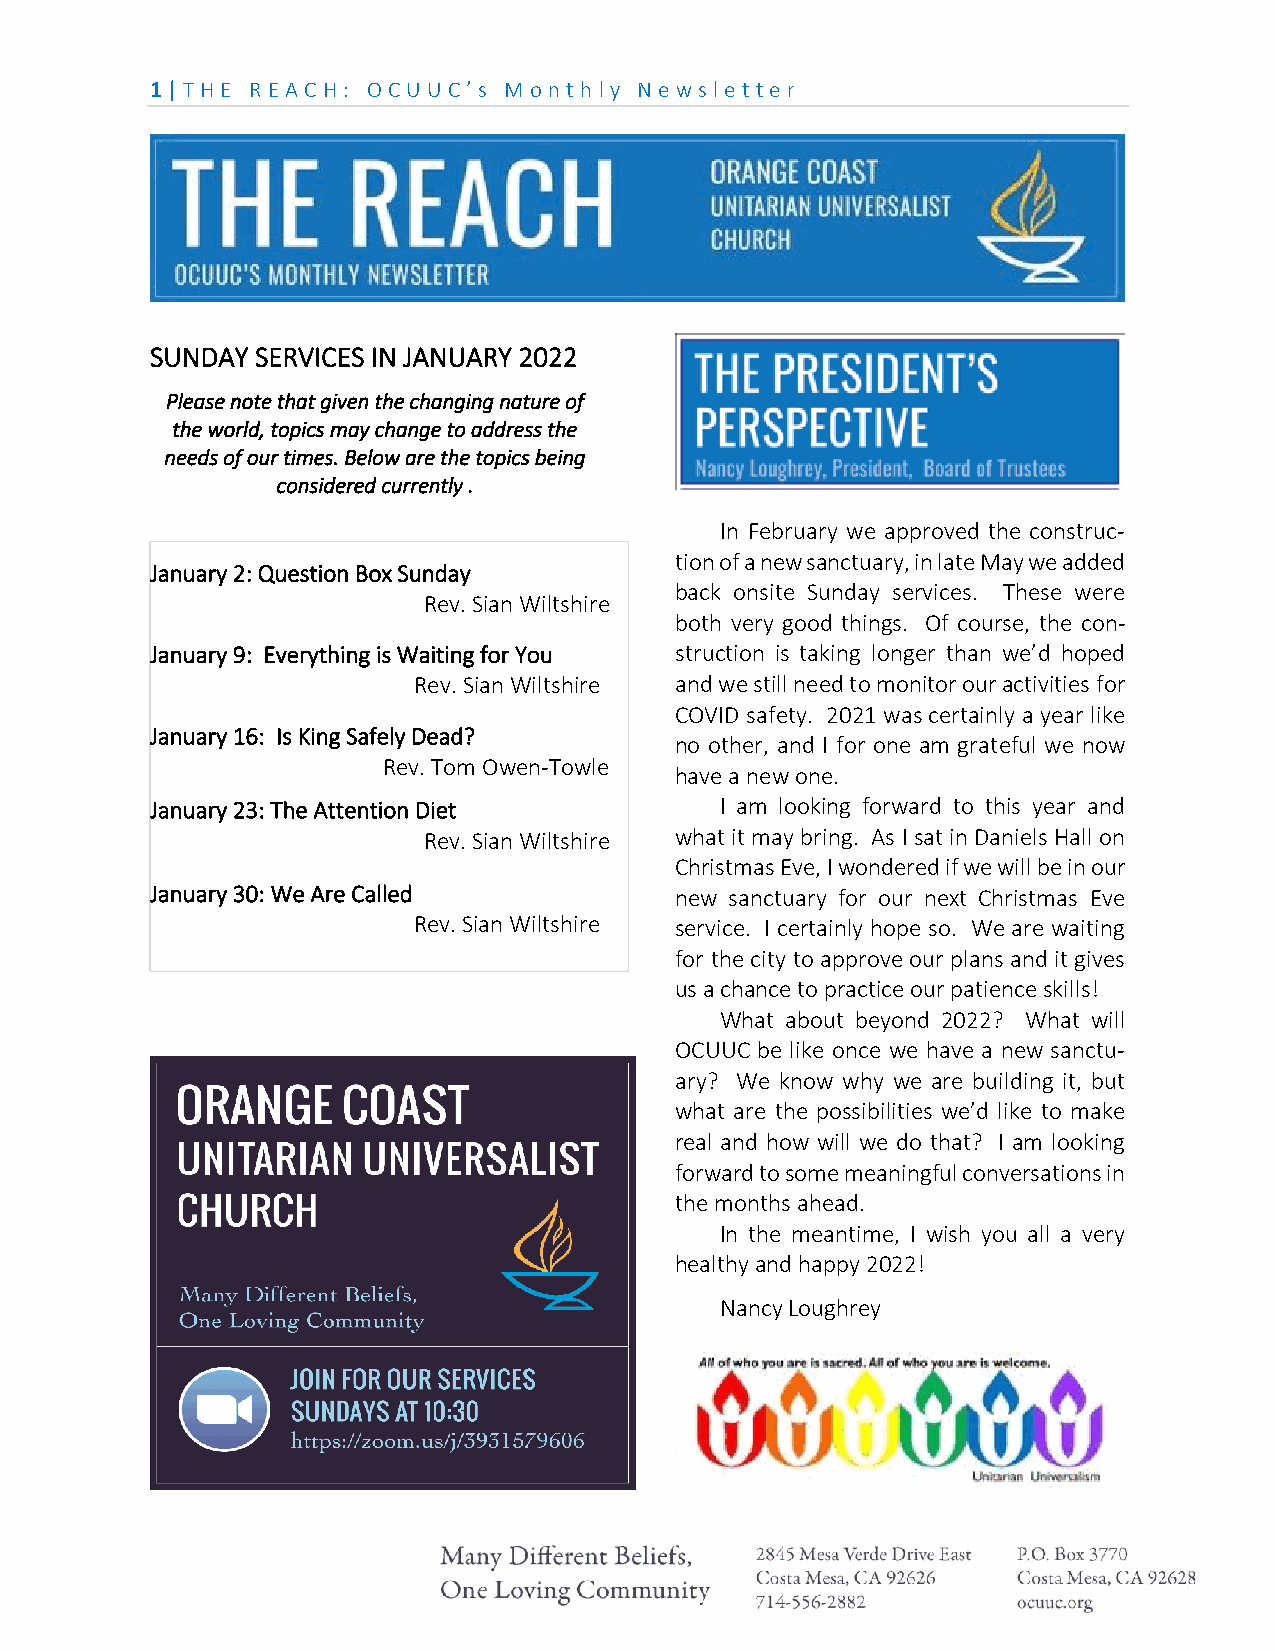
1 | THE REA CH: OCU U C’ s M on th ly N e ws le tte r
 SUNDAY SERVICES IN JANUARY 2022
 Please note that given the changing nature of
 the world, topics may change to address the
 needs of our times. Below are the topics being
 considered currently .
 In February we approved the construc-
 tion of a new sanctuary, in late May we added
 January 2: Question Box Sunday
 back onsite Sunday services. These were
 Rev. Sian Wiltshire
 both very good things. Of course, the con-
 January 9: Everything is Waiting for You struction is taking longer than we’d hoped
 Rev. Sian Wiltshire and we still need to monitor our activities for
 COVID safety. 2021 was certainly a year like
 January 16: Is King Safely Dead?
 no other, and I for one am grateful we now
 Rev. Tom Owen-Towle
 have a new one.
 January 23: The Attention Diet        I am looking forward to this year and
 Rev. Sian Wiltshire what it may bring. As I sat in Daniels Hall on
 Christmas Eve, I wondered if we will be in our
 January 30: We Are Called          new sanctuary for our next Christmas Eve
 Rev. Sian Wiltshire service. I certainly hope so. We are waiting
 for the city to approve our plans and it gives
 us a chance to practice our patience skills!
 What about beyond 2022? What will
 OCUUC be like once we have a new sanctu-
 ary? We know why we are building it, but
 what are the possibilities we’d like to make
 real and how will we do that? I am looking
 forward to some meaningful conversations in
 the months ahead.
 In the meantime, I wish you all a very
 healthy and happy 2022!
 Nancy Loughrey